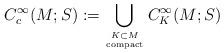
LaTeX: \begin{align*}C^\infty_c(M;S) := \bigcup_{K\subset M \atop \mathrm{compact}} C^\infty_K(M;S) \end{align*}